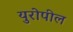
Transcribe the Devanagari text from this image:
युरोपील